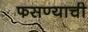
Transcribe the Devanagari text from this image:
फसण्याची